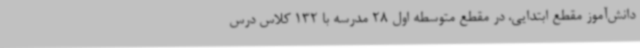
دانش‌آموز مقطع ابتدایی، در مقطع متوسطه اول 28 مدرسه با 132 کلاس درس